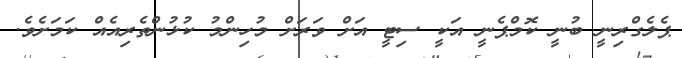
ޕެލެގްރިނީ ބުނީ ކޮމްޕެނީ އަކީ ސިޓީ އަށް ވަރަށް މުހިންމު ކުޅުންތެރިއެއް ކަމަށެވެ.